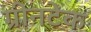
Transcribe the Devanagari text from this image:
ग्रीनटेक